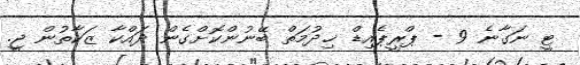
ޓީ ނަގާނެ 9 - ޕްރީޕެއިޑް ޚިދުމަތް ބޭނުންކޮށްގެން ދައްކާ ޒަކާތުން ޖީ.